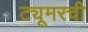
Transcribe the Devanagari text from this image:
ट्यूमरची